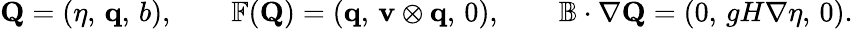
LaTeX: \mathbf{Q}=\left(\eta,\, \mathbf{q},\, b\right),\qquad\mathbb{F}(\mathbf{Q})=\left(\mathbf{q},\, \mathbf{v}\otimes\mathbf{q},\, 0\right),\qquad\mathbb{B}\cdot\nabla\mathbf{Q}=\left(0,\, gH\nabla\eta,\, 0\right).